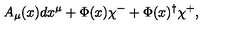
A _ { \mu } ( x ) d x ^ { \mu } + \Phi ( x ) \chi ^ { - } + \Phi ( x ) ^ { \dagger } \chi ^ { + } ,